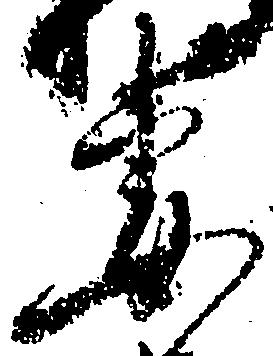
妻